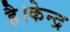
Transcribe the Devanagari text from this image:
है।केन्द्र